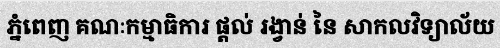
ភ្នំពេញ គណៈកម្មាធិការ ផ្តល់ រង្វាន់ នៃ សាកលវិទ្យាល័យ